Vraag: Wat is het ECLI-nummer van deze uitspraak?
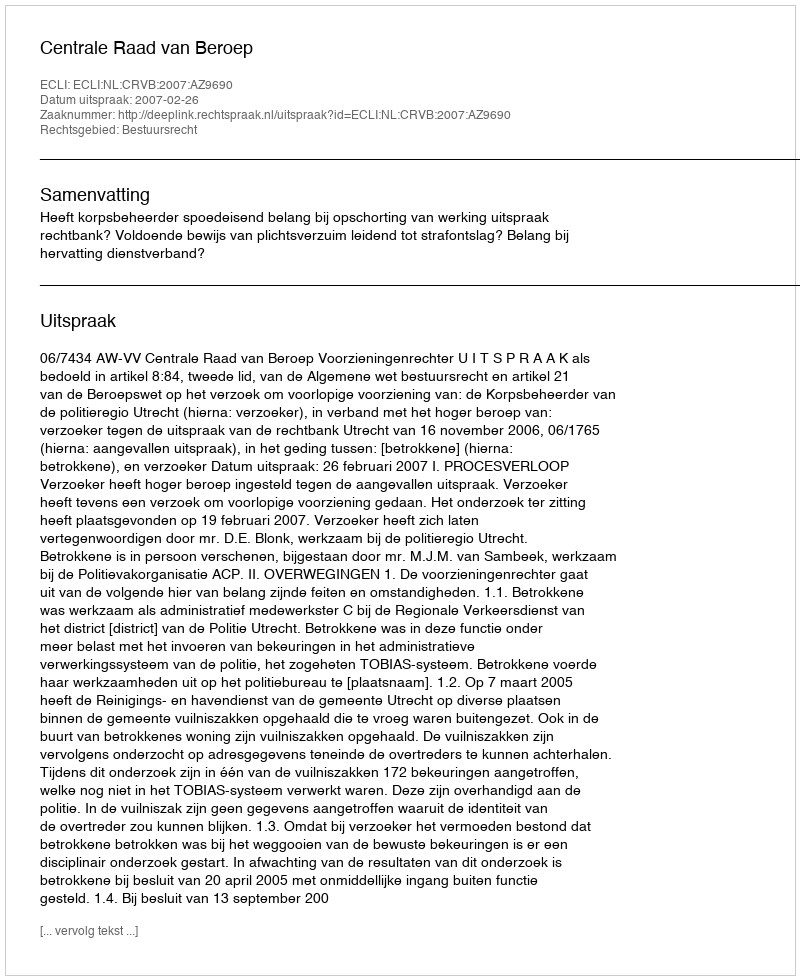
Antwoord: ECLI:NL:CRVB:2007:AZ9690